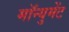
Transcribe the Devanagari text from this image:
मॉन्युमेंट